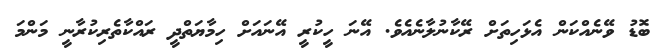
ބޮޑު ވޭނެއްކަން އެޅަހިތަށް ރޭކާނުލާނެއެވެ. އޭނަ ހީކުރީ އޭނައަށް ހިމާޔަތްދީ ރައްކާތެރިކުރާނީ މަންމަ